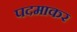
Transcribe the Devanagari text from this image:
पदमाकर